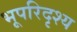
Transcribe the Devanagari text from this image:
भूपरिदृश्य